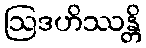
ဩဒဟိဿန္တိ